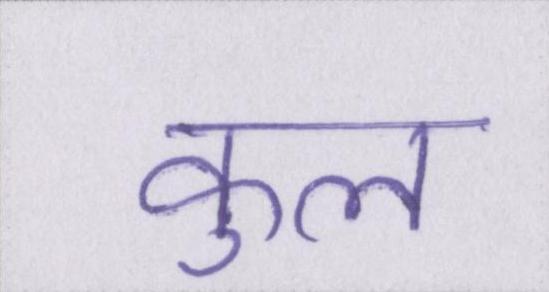
कुल